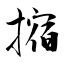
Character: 摍